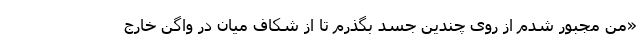
«من مجبور شدم از روی چندین جسد بگذرم تا از شکاف میان در واگن خارج